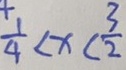
\frac { 1 } { 4 } < x < \frac { 3 } { 2 }